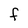
Character: f